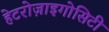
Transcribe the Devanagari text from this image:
हेटरोज़ाइगोसिटी